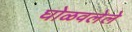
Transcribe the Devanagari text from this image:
घोळवलेले